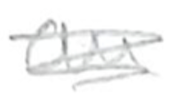
Text: an
Cross-out: mix
Writing tool: pencil